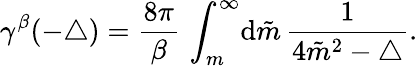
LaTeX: \gamma^{\beta}({-\triangle})=\frac{8\pi}{\beta}\, \int_{m}^{\infty}\! {\mathrm d}\tilde{m}\, \frac{1}{4{\tilde{m}}^{2}-\triangle}.